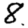
Digit: 8